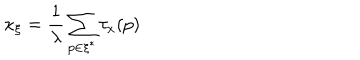
\kappa _ { \xi } = \frac { 1 } { \lambda } \sum _ { p \in \xi ^ { * } } \tau _ { x } ( p )